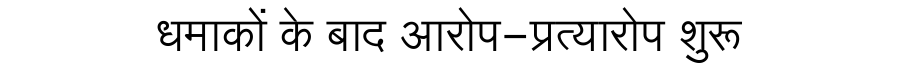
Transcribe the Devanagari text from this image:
धमाकों के बाद आरोप-प्रत्यारोप शुरू